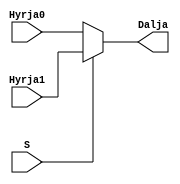
`timescale 1ns / 1ps
//////////////////////////////////////////////////////////////////////////////////
// Company: 
// Engineer: 
// 
// Design Name: 
// Module Name: mux2ne1
// Project Name: 
// Target Devices: 
// Tool Versions: 
// Description: 
// 
// Dependencies: 
// 
// Revision:
// Revision 0.01 - File Created
// Additional Comments:
// 
//////////////////////////////////////////////////////////////////////////////////


module mux2ne1(
    input Hyrja0,
    input Hyrja1,
    input S,
    output Dalja
    );
    
    assign Dalja = S ? Hyrja1 : Hyrja0;
    
endmodule